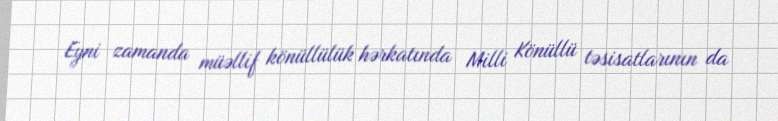
Eyni zamanda müəllif könüllülük hərkatında Milli Könüllü təsisatlarının da